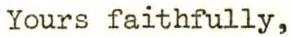
Yours faithfully,